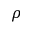
\rho